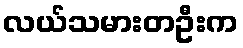
လယ်သမားတဦးက